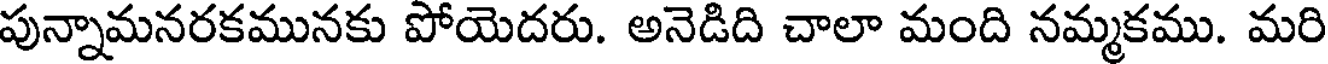
పున్నామనరకమునకు పోయెదరు. అనెడిది చాలా మంది నమ్మకము. మరి